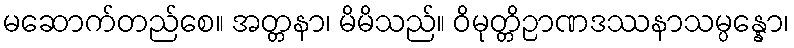
မဆောက်တည်စေ။ အတ္တနာ၊ မိမိသည်။ ဝိမုတ္တိဉာဏဒဿနာသမ္ပန္နော၊